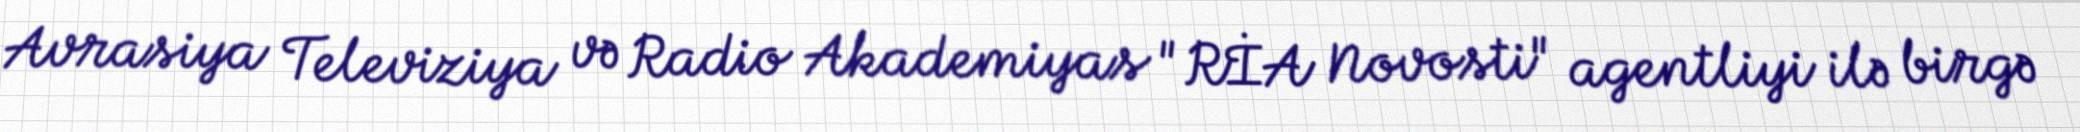
Avrasiya Televiziya və Radio Akademiyas "RİA Novosti" agentliyi ilə birgə